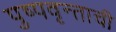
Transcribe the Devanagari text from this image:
पुष्पवृन्ताची